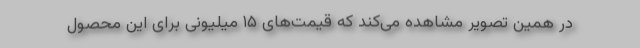
در همین تصویر مشاهده می‌کند که قیمت‌های ۱۵ میلیونی برای این محصول